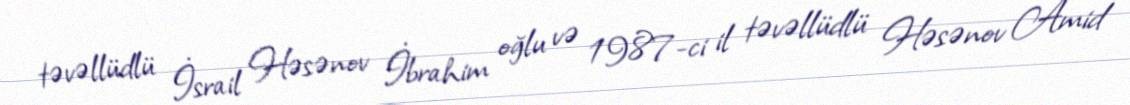
təvəllüdlü İsrail Həsənov İbrahim oğlu və 1987-ci il təvəllüdlü Həsənov Amid